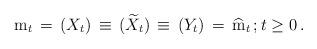
LaTeX: \begin{align*} \, {\mathrm m}_{t} \, =\, (X_{t}) \, \equiv\, ( \widetilde{X}_{t}) \, \equiv \, (Y_{t}) \, =\, \widehat{\mathrm m}_{t} \, ; t \ge 0 \, . \end{align*}